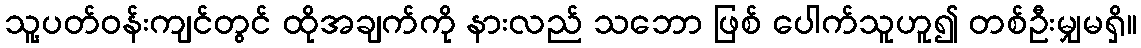
သူ့ပတ်ဝန်းကျင်တွင် ထိုအချက်ကို နားလည် သဘော ဖြစ် ပေါက်သူဟူ၍ တစ်ဦးမျှမရှိ။